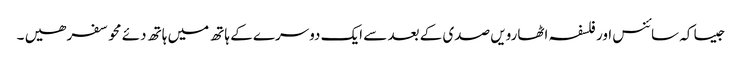
جیسا کہ سائنس اور فلسفہ اٹھارویں صدی کے بعد سے ایک دوسرے کے ہاتھ میں ہاتھ دئے محو سفر ھیں ۔